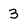
Character: 3